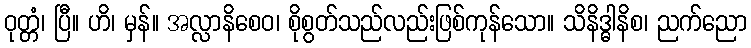
ဝုတ္တံ၊ ပြီ။ ဟိ၊ မှန်။ အလ္လာနိစေဝ၊ စိုစွတ်သည်လည်းဖြစ်ကုန်သော။ သိနိဒ္ဓါနိစ၊ ညက်ညော